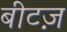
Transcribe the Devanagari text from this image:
बीटज़